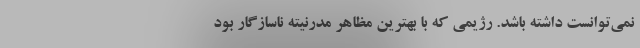
نمي‌توانست داشته باشد. رژيمي كه با بهترين مظاهر مدرنيته ناسازگار بود